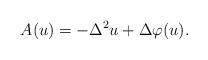
LaTeX: \begin{align*}A(u) = - \Delta^2 u + \Delta \varphi(u).\end{align*}